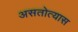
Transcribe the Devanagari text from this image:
असतोत्यास